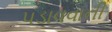
પડાવવાની